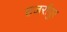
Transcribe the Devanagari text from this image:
हजर्रापुर